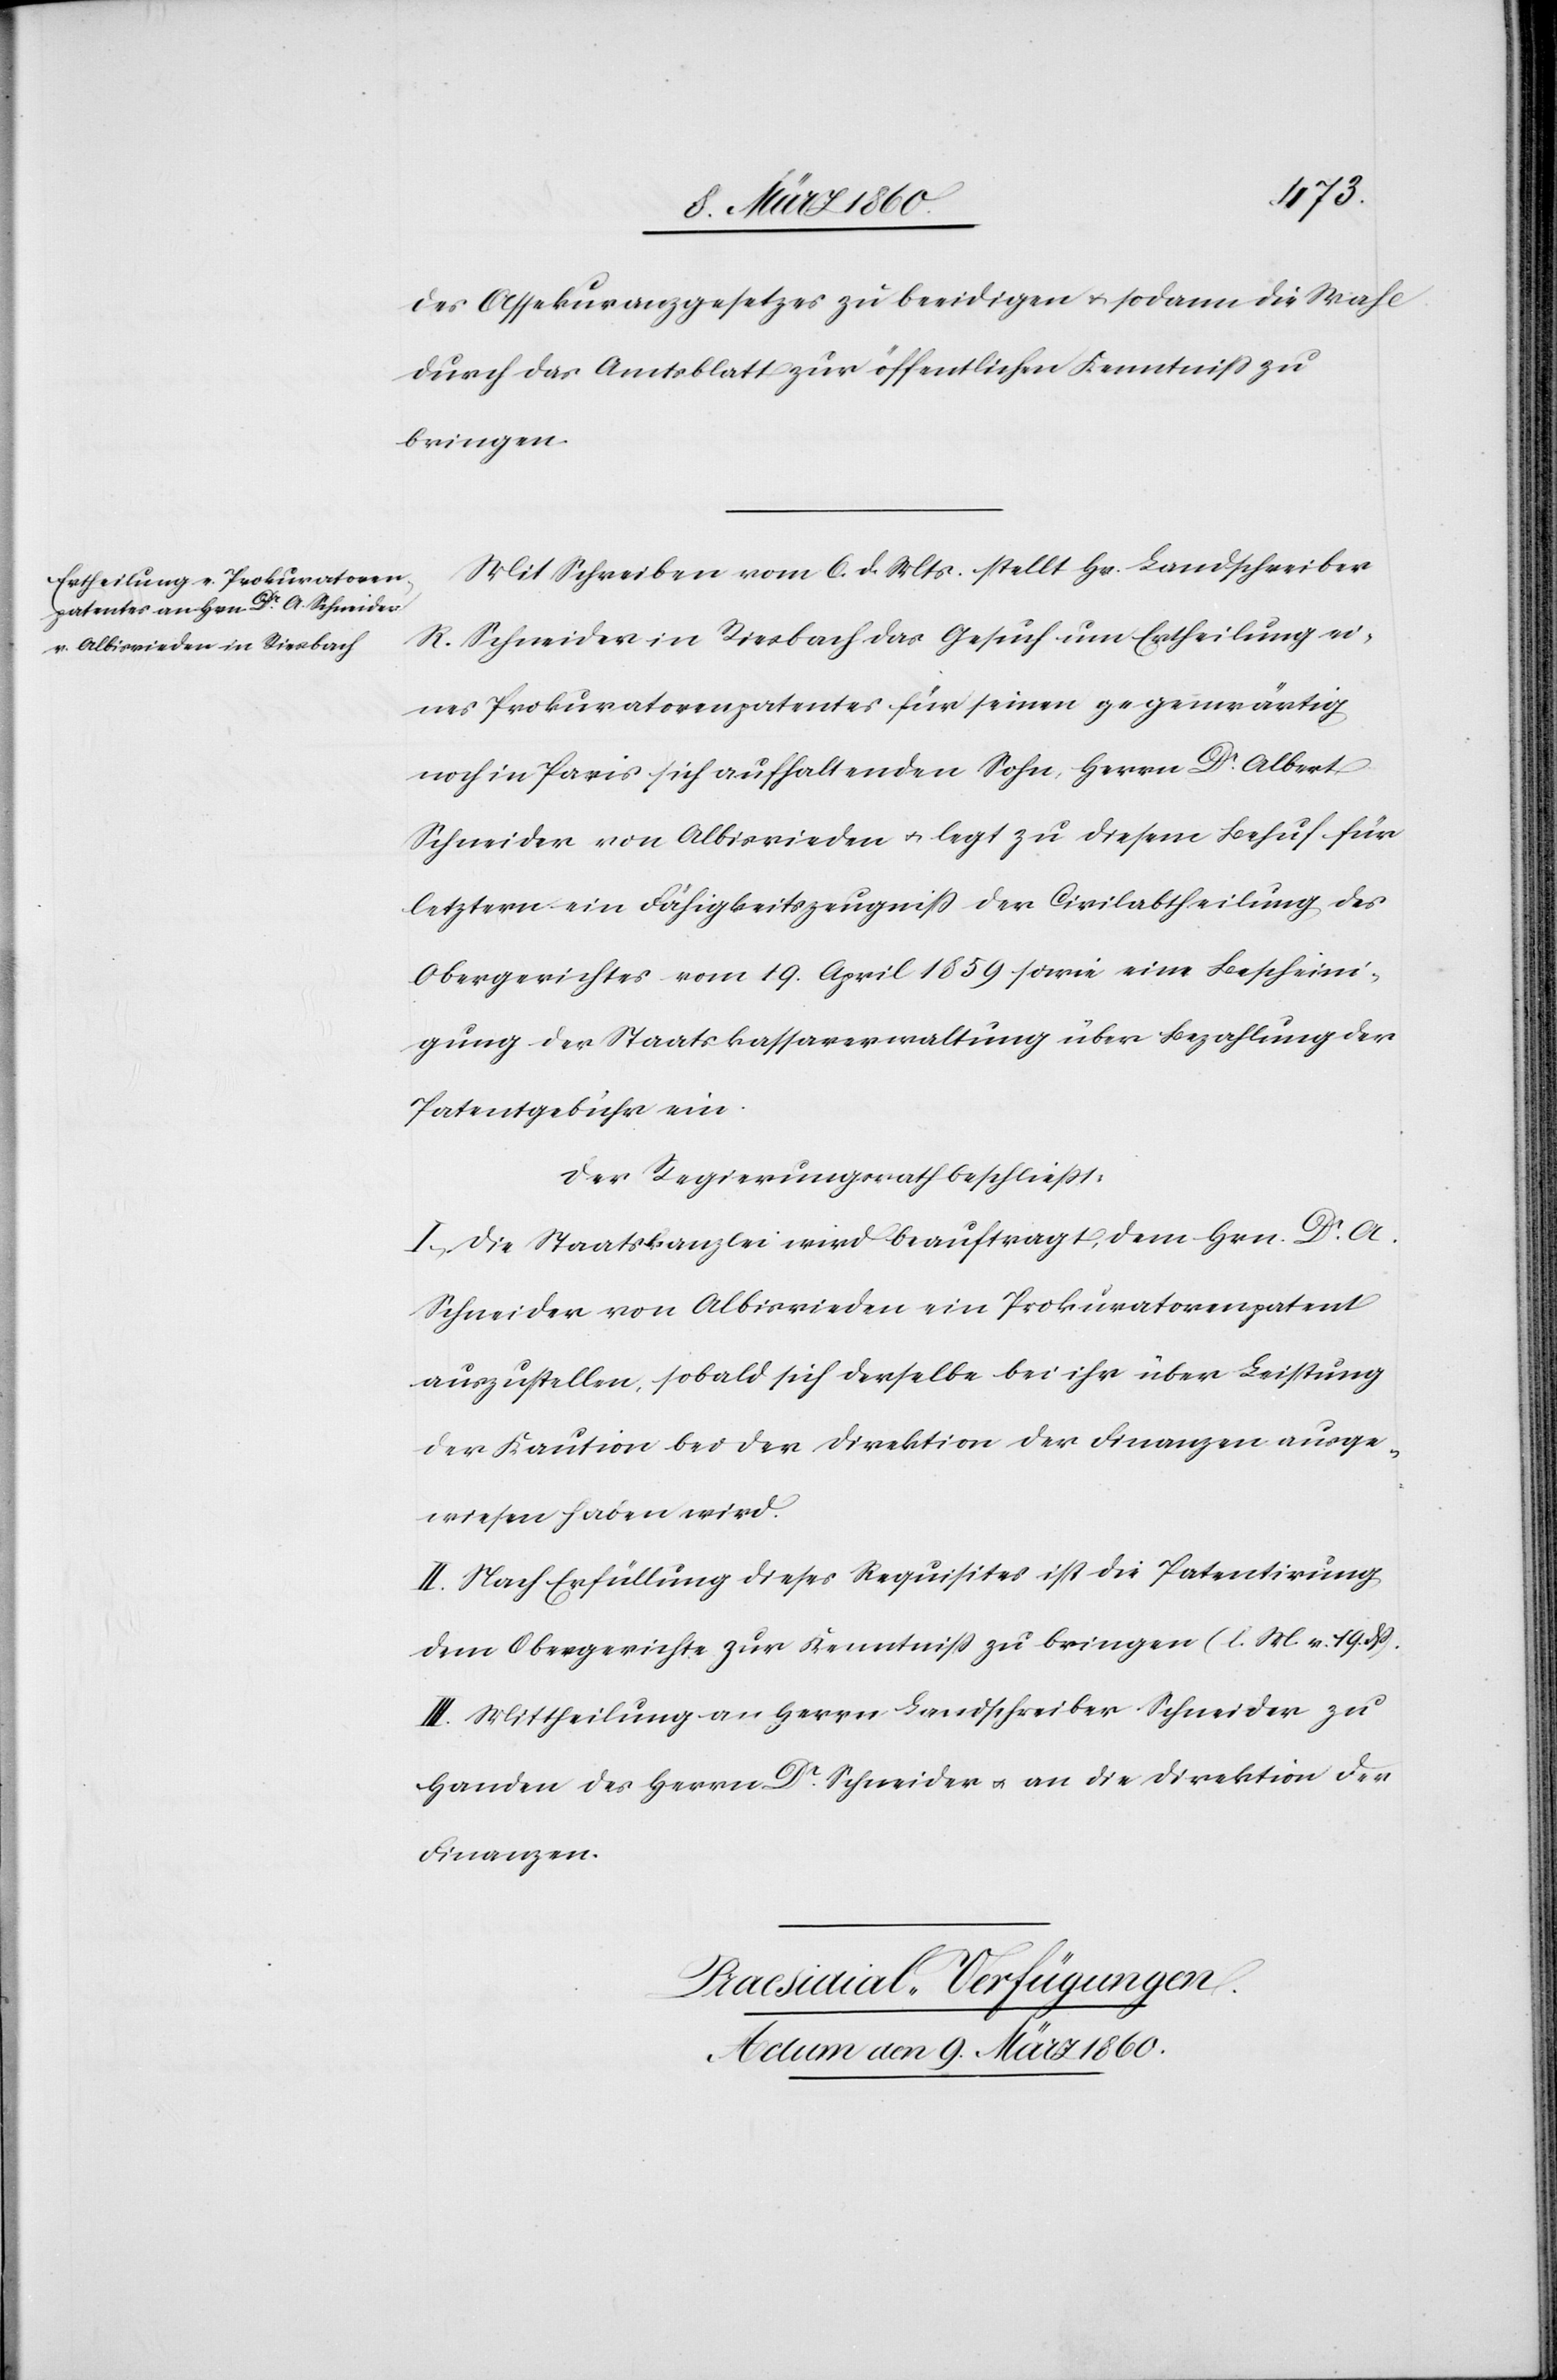
des Assekuranzgesetzes zu beeidigen u. sodann die Wahl
durch das Amtsblatt zur öffentlichen Kenntniß zu
bringen.
Mit Schreiben vom 6. d. Mts. stellt Hr. Landschreiber
R. Schneider in Riesbach das Gesuch um Ertheilung ei¬
nes Prokuratorenpatentes für seinen gegenwärtig
noch in Paris sich aufhaltenden Sohn, Herrn Dr Albert
Schneider von Albisrieden u. legt zu diesem Behuf für
letztern ein Fähigkeitszeugniss der Civilabtheilung des
Obergerichtes vom 19. April 1859 sowie eine Bescheini¬
gung der Staatskassaverwaltung über Bezahlung der
Patentgebühr ein.
Der Regierungsrath beschliesst:
I. Die Staatskanzlei wird beauftragt, dem Hrn. Dr A.
Schneider von Albisrieden ein Prokuratorenpatent
auszustellen, sobald sich derselbe bei ihr über Leistung
der Kaution bei der Direktion der Finanzen ausge¬
wiesen haben wird.
II. Nach Erfüllung dieses Requisites ist die Patentirung
dem Obergerichte zur Kenntniss zu bringen. [l. M. v. 19. dß.]
III. Mittheilung an Herrn Landschreiber Schneider zu
Handen des Herrn Dr Schneider u. an die Direktion der
Finanzen.
Praesidial-Verfügungen.
Actum den 9. März 1860.